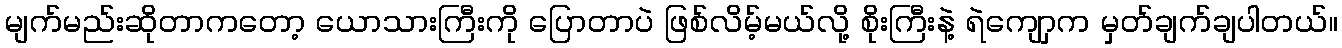
မျက်မည်းဆိုတာကတော့ ယောသားကြီးကို ပြောတာပဲ ဖြစ်လိမ့်မယ်လို့ စိုးကြီးနဲ့ ရဲကျောှက မှတ်ချက်ချပါတယ်။